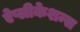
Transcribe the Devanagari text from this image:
ऐप्लीकेशन्स